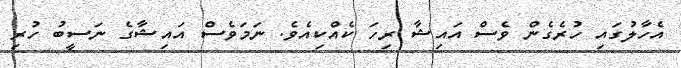
އެހާލުގައި ހުރެގެން ވެސް އައިޝާ ރިހަ ކެއްކިއެވެ. ނަމަވެސް އައިޝާގެ ނަސީބު ހުރި